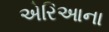
એરિઆના